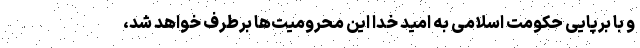
و با برپایی حکومت اسلامی به امید خدا این محرومیت‌ها برطرف خواهد شد،